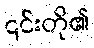
၎င်းတို၏